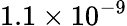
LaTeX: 1.1\times 10^{-9}